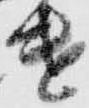
遣